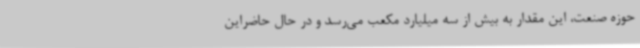
حوزه صنعت، این مقدار به بیش از سه میلیارد مکعب می‌رسد و در حال حاضراین